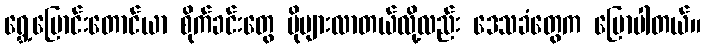
ရွှေ့ပြောင်းတောင်ယာ စိုက်ခင်းတွေ ပိုများလာတယ်လို့လည်း ဒေသခံတွေက ပြောပါတယ်။